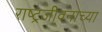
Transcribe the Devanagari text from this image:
राष्ट्रजीवनाच्या